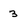
Character: 3